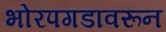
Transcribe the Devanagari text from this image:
भोरपगडावरून